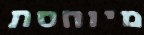
מיוחסת